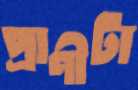
প্রাণীটা